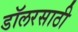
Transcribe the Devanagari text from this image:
डॉलरसाठी